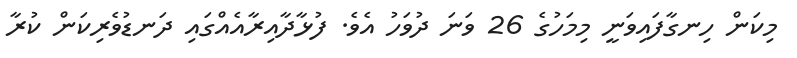
މިކަން ހިނގާފައިވަނީ މިމަހުގެ 26 ވަނަ ދުވަހު އެވެ. ފުޅާދާއިރާއެއްގައި ދަނޑުވެރިކަން ކުރާ